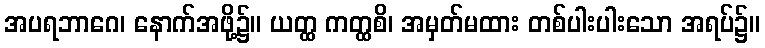
အပရဘာဂေ၊ နောက်အဖို့၌။ ယတ္ထ ကတ္ထစိ၊ အမှတ်မထား တစ်ပါးပါးသော အရပ်၌။